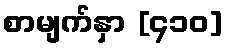
စာမျက်နှာ [၄၁၀]